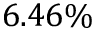
6 . 4 6 \%